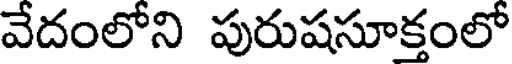
వేదంలోని పురుషసూక్తంలో